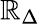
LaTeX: \mathbb{R}_{\Delta}